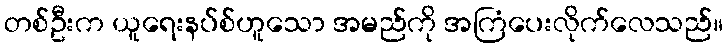
တစ်ဦးက ယူရေးနပ်စ်ဟူသော အမည်ကို အကြံပေးလိုက်လေသည်။